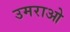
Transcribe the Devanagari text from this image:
उमराओ